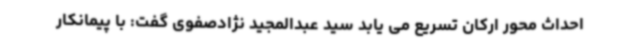
احداث محور ارکان تسریع می یابد سید عبدالمجید نژادصفوی گفت: با پیمانکار